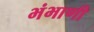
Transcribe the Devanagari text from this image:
भंभाणी